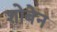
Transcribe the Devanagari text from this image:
शोबेन